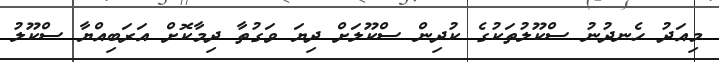
މިއަދު ހެނދުނު ސްކޫލުތަކުގެ ކުދިން ސްކޫލަށް ދިޔަ ވަގުތާ ދިމާކޮށް އަރަބިއްޔާ ސްކޫލު